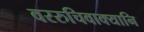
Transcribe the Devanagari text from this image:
वररुचिवाक्यानि